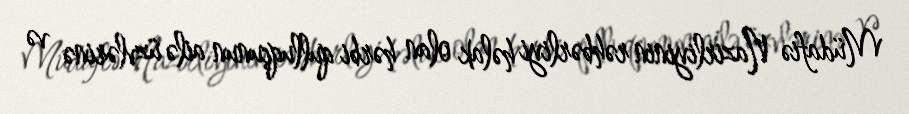
Müdafiə Nazirliyinin rəhbərliyi həlak olan hərbi qulluqçunun ailə üzvlərinə və